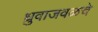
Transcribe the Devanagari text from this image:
ध्रुवाजवळचे